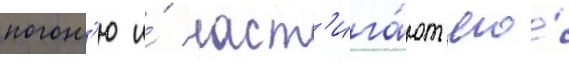
погон'ю и́ наст'ига́ют его́